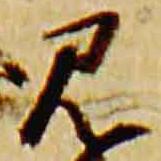
見